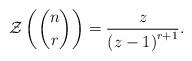
LaTeX: \begin{align*}\mathcal{Z}\left( \dbinom{n}{r}\right) =\frac{z}{\left( z-1\right) ^{r+1}}.\end{align*}